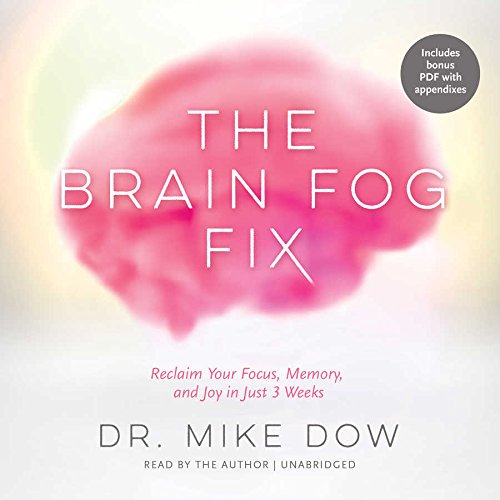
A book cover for The Brain Fog Fix: Reclaim Your Focus, Memory, and Joy in Just 3 Weeks; Mike Dow; Science & Math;